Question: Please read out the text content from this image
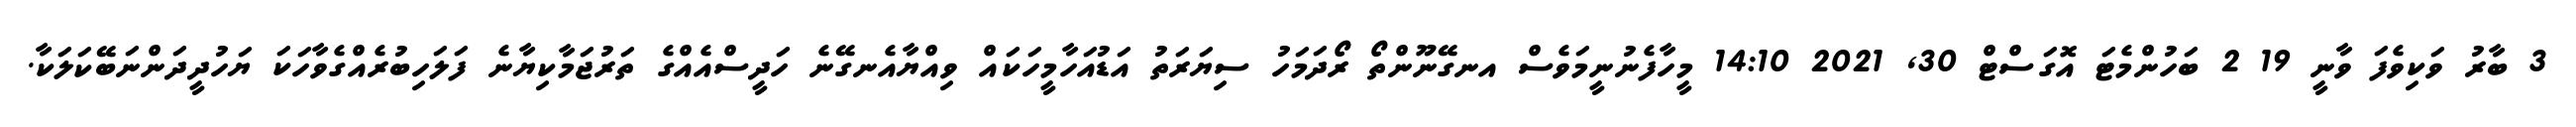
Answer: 3 ބާރު ވަކިވެފަ ވާނީ 19 2 ބަހުންމެޓަ އޮގަސްޓް 30, 2021 14:10 މީހާފެނުނީމަވެސް އނގޭނޫންތޯ ރޯދަމަހު ސިޔަރަތު އަޑުއަހާމީހަކައް ވިއްޔާއެނގޭނެ ހަދީސްއެއްގެ ތަރުޖަމާކިޔާނެ ފަލަހިބުރެއްގެވާހަކަ ޔަހުދީދަންނަބޭކަލަކާ.